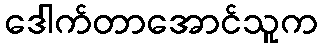
ဒေါက်တာအောင်သူက